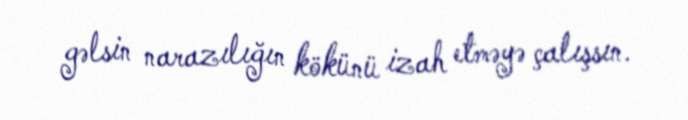
gəlsin narazılığın kökünü izah etməyə çalışsın.